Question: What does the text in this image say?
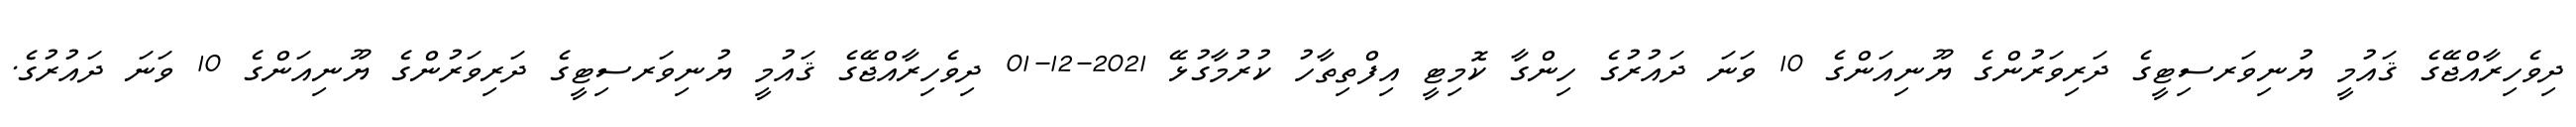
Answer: ދިވެހިރާއްޖޭގެ ޤައުމީ ޔުނިވަރސިޓީގެ ދަރިވަރުންގެ ޔޫނިއަންގެ 10 ވަނަ ދައުރުގެ ހިންގާ ކޮމިޓީ އިފްތިތާހު ކުރުމާގުޅޭ 2021-12-01 ދިވެހިރާއްޖޭގެ ޤައުމީ ޔުނިވަރސިޓީގެ ދަރިވަރުންގެ ޔޫނިއަންގެ 10 ވަނަ ދައުރުގެ.